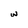
Character: W